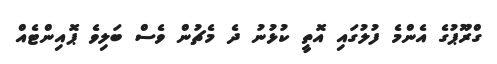
ގްރޫޕުގެ އެންމެ ފުލުގައި އޮތީ ކުޅުނު ދެ މެޗުން ވެސް ބަލިވެ ޕޮއިންޓެއް